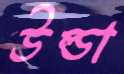
উল্ডা